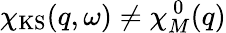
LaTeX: \chi_{\mathrm{KS}}(q,\omega)\neq\chi_{M}^{~0}(q)